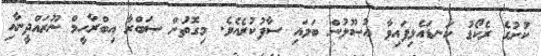
ކުށުގެ ރެކޯޑު ކަނޑައެޅިފައިވާ އުޞޫލުން ބަލައި ސާފުކުރެއެވެ. މިގޮތުން ޞަބްރާ އިބްރާހީމް ނޫރައްދީނާއި